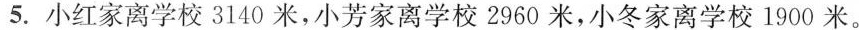
5.小红家离学校3140米，小芳家离学校2960米，小冬家离学校1900米。